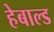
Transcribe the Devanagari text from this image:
हेबाल्ड